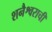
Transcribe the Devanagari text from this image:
शनैश्वराची